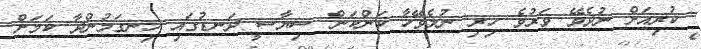
ކުރިއަށް ނުދެވޭ ވަރުވެ ހިރި ނުލެވޭހާ ކަންކަން ސިޔާސީ ދަނޑުގައި ހިނގަމުންދާ ކަމަށް